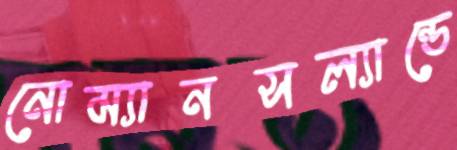
নোম্যানসল্যান্ডে